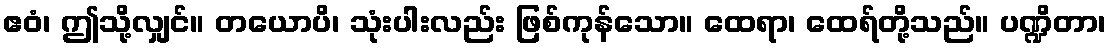
ဧဝံ၊ ဤသို့လျှင်။ တယောပိ၊ သုံးပါးလည်း ဖြစ်ကုန်သော။ ထေရာ၊ ထေရ်တို့သည်။ ပဏ္ဍိတာ၊